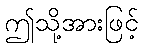
ဤသို့အားဖြင့်